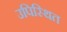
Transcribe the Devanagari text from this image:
उपिस्‍थित